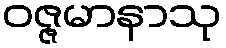
ဝဇ္ဇမာနာသု